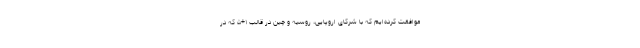
موافقت کرده‌ایم که با شرکای اروپایی، روسیه و چین در قالب ۱+۵ که در